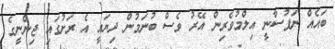
ބައެއް ނަފުސާނީ އިލްމުވެރިން އޭރު ވެސް ބުނަމުން ދިޔައީ އެ ރަށުގައި ޖިންނީގެ